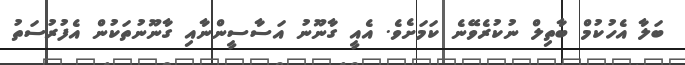
ބަލާ އެހުކުމް ބާތިލް ނުކުރެވޭނެ ކަމަށެވެ. އެއީ ގާނޫނު އަސާސީންނާއި ގާނޫނުތަކުން އެފުރުސަތު